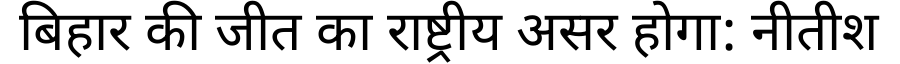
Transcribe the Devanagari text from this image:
बिहार की जीत का राष्ट्रीय असर होगा: नीतीश